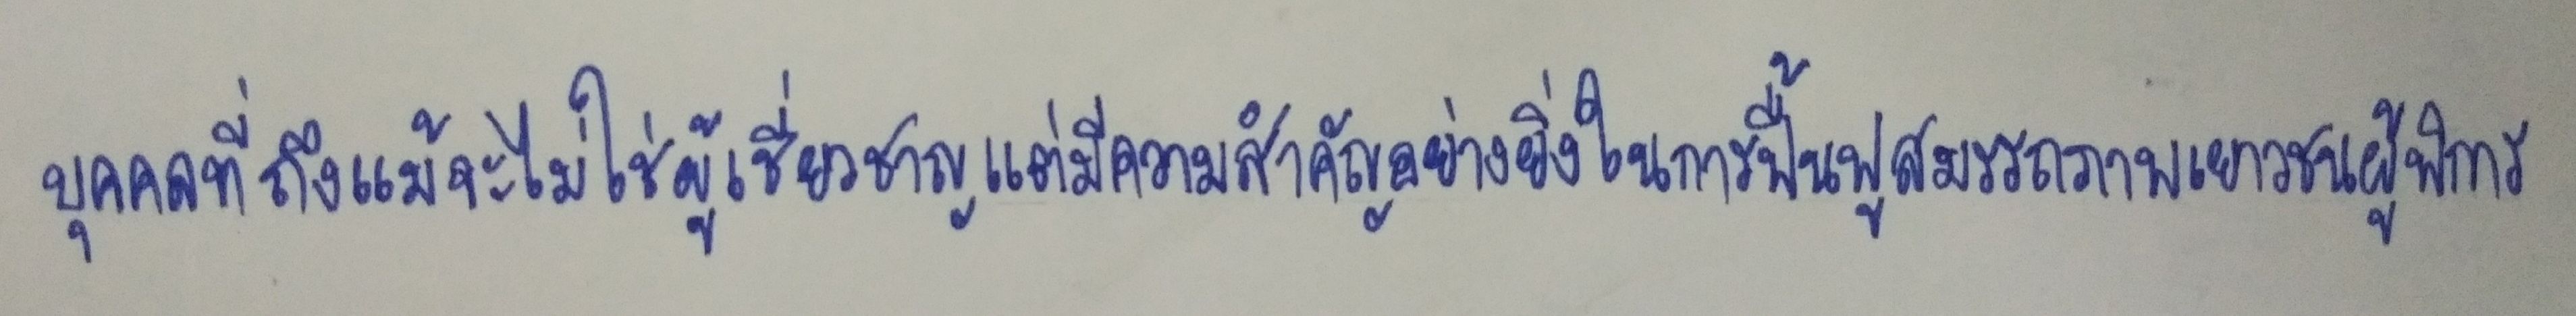
บุคคลที่ถึงแม้จะไม่ใช่ผู้เชี่ยวชาญแต่มีความสำคัญอย่างยิ่งในการฟื้นฟูสมรรถภาพเยาวชนผู้พิการ